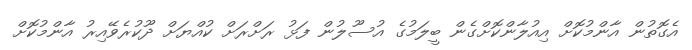
އެގޮތުން އާންމުކޮށް އިއުލާންކޮށްގެން ބީލަމުގެ އުސޫލުން ފަޅު ރަށްރަށް ކުއްޔަށް ދޫކުރެވޭއިރު އާންމުކޮށް